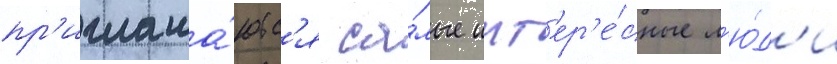
пр'иглаша́ютс'я са́мые инт'ер'е́сные л'ю́д'и